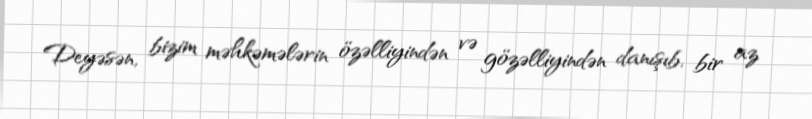
Deyəsən, bizim məhkəmələrin özəlliyindən və gözəlliyindən danışıb, bir az